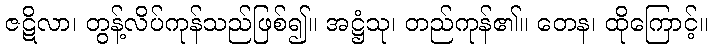
ဇဋိလာ၊ တွန့်လိပ်ကုန်သည်ဖြစ်၍။ အဋ္ဌံသု၊ တည်ကုန်၏။ တေန၊ ထိုကြောင့်။